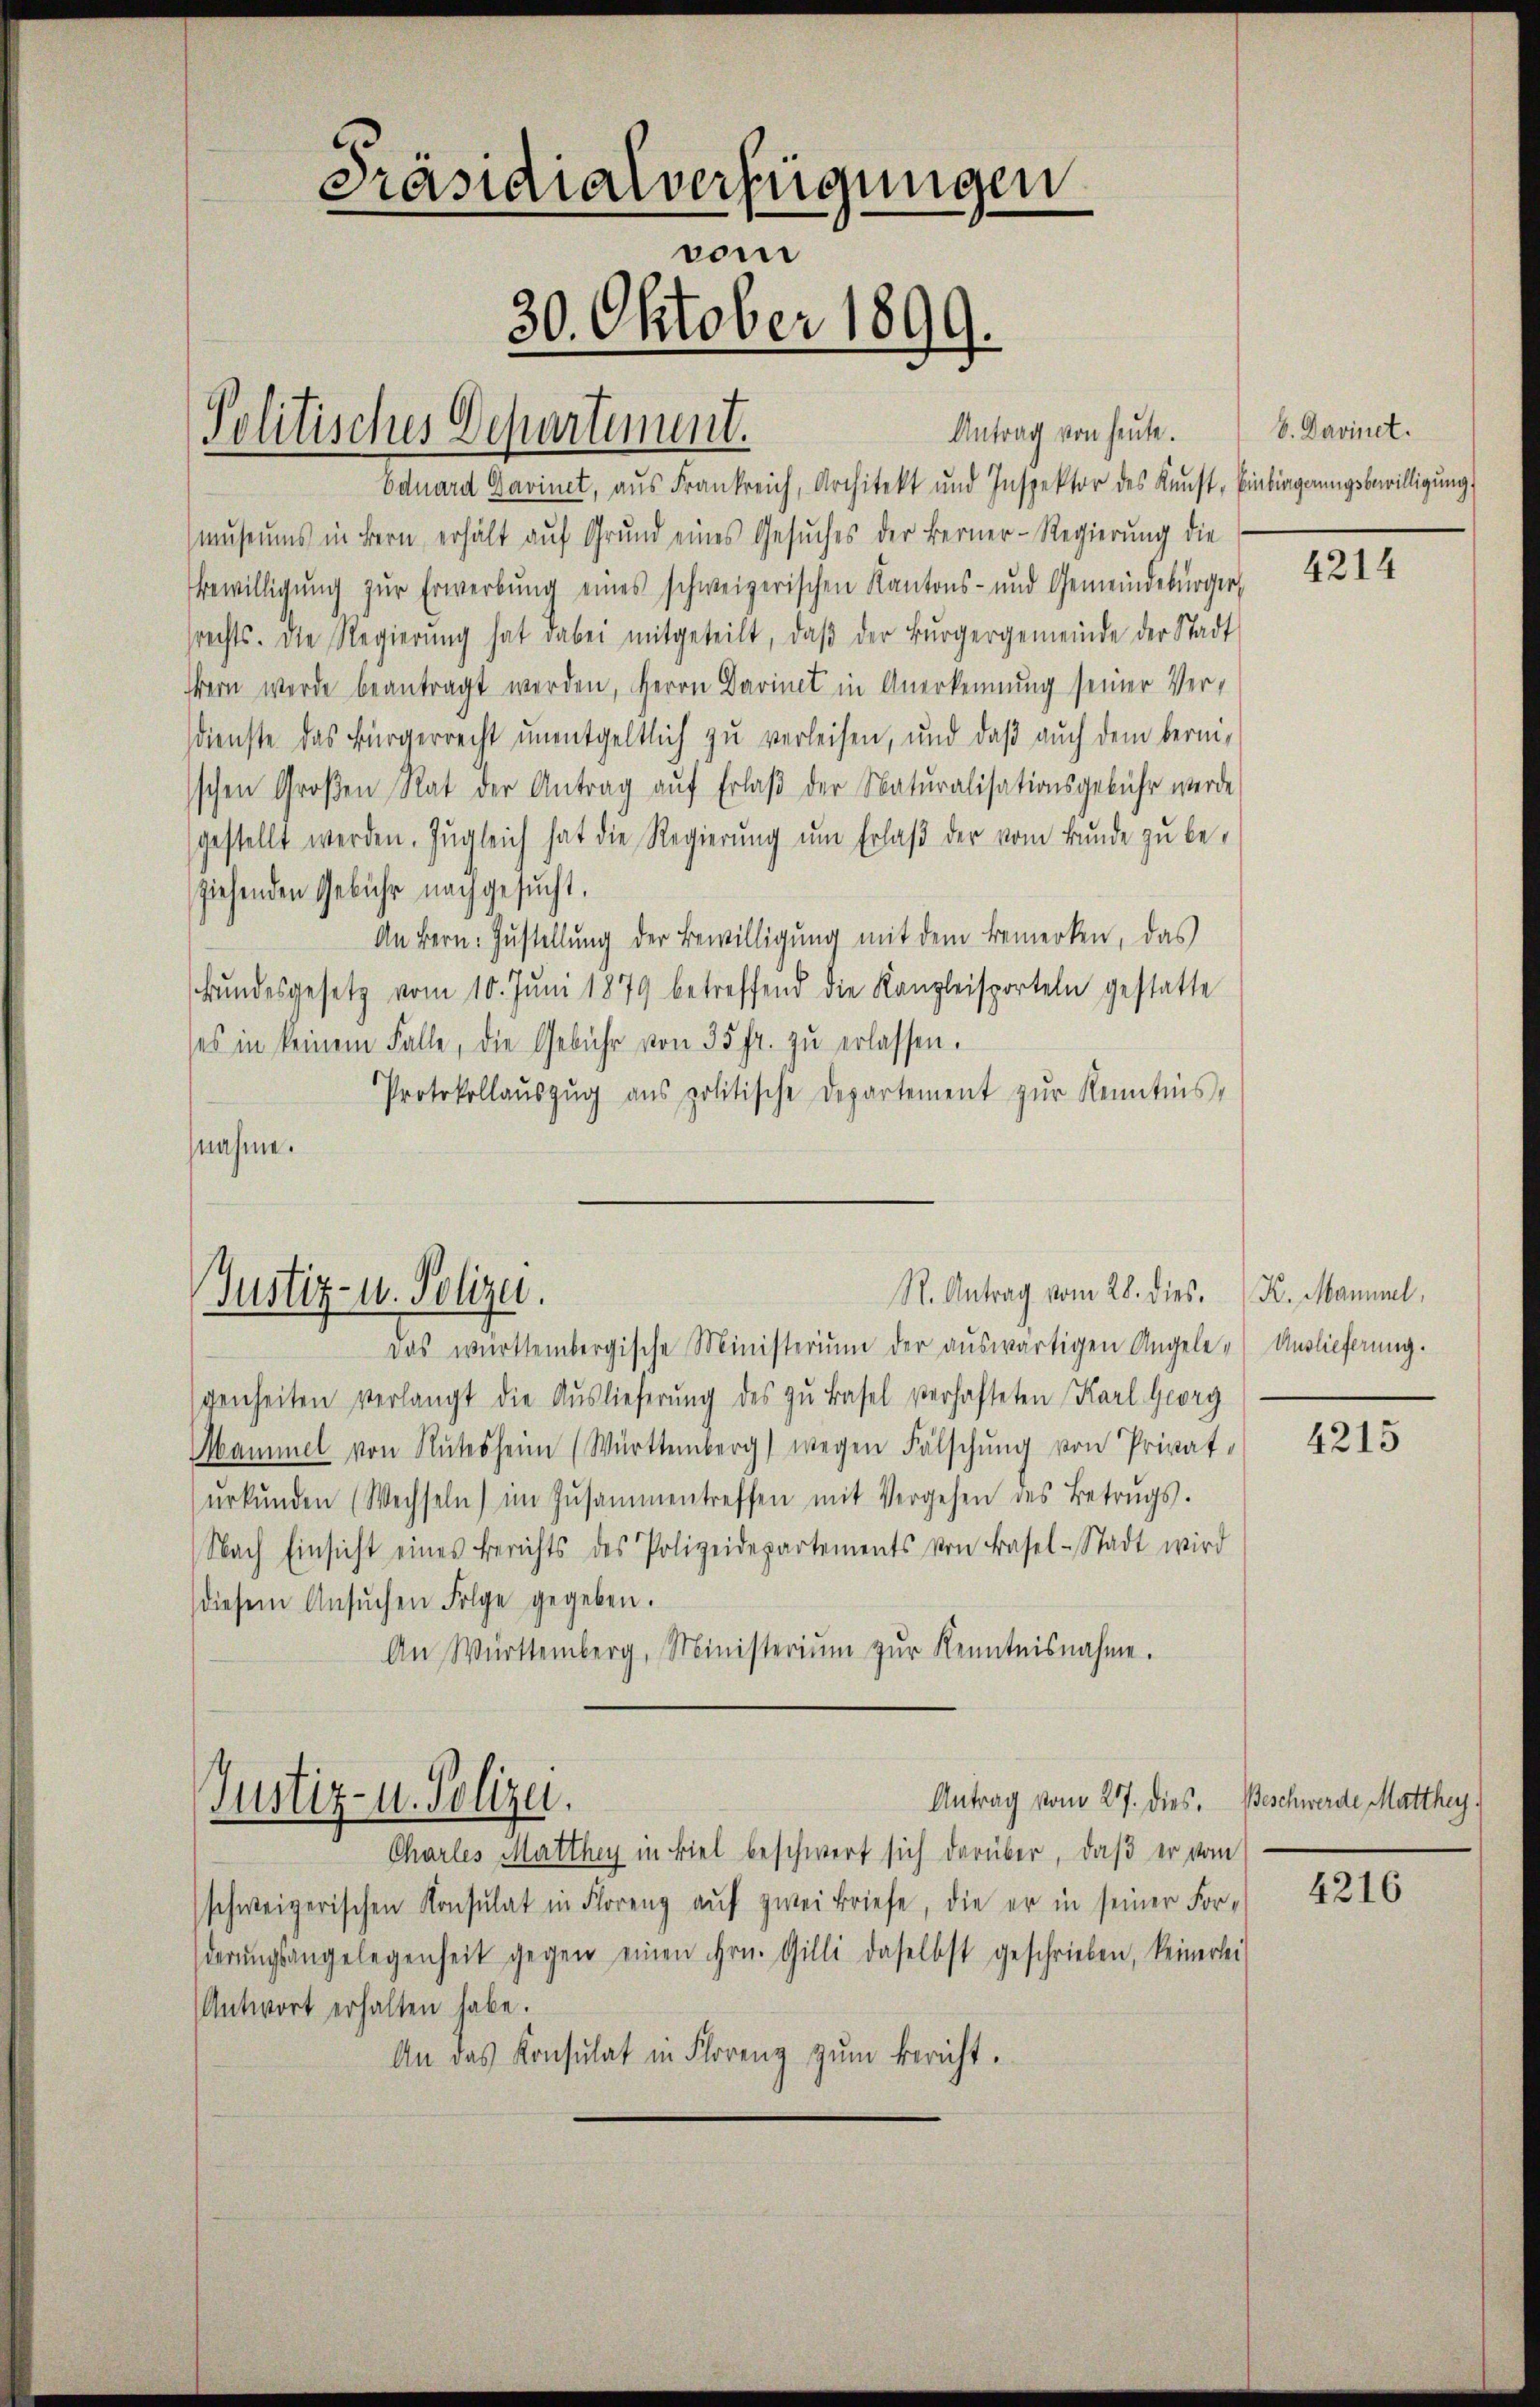
Politisches Departement.

Präsidialverfügungen
vom
30. Oktober 1899.

Eduard Darinet, aus Frankreich, Architekt und Inspektor des Kunst. Einbiegungsbewilligŭng
museums in Bern, erhält aŭf Grŭnd eines Gesŭches der Berner-Regierŭng die
Bewilligŭng zŭr Erwerbŭng eines schweizerischen Kantons- und Gemeindebürger,
srechts. die Regierŭng hat dabei mitgeteilt, daβ der Bürgergemeinde der Stadt
Hern werde beantragt werden, Herrn Darinet in Anerkennung seiner Ver-
dienste das Bürgerrecht unentgeltlich zu verleisen, und daß auch dem berinschen Großen Rat der Antrag aŭf Erlaβ der Naturalisationsgebühr werde
gestellt werden. Zŭgleich hat die Regierŭng ŭm Erlaβ der vom Bunde zu be-
ziehenden Gebühr nachgesucht.
An Bern. Zustellung der Bewilligung mit dem Bemerken, das
kŭndesgesetz vom 10. Jŭni 1879 betreffend die Kanzleisporteln gestatte
ses in keinem Falle, die Gebühr von 35 fr. zŭ erlassen.
Protokollaŭszŭg ans politische Departement zŭr Kenntnis,
nahme.

Justiz- u. Polizei.

Antrag von heute.

R. Antrag vom 28. dies. K. Maniel,

b. Davinet.

Das württembergische Ministerium der aŭswärtigen Angele-Auslieferung.
genheiten verlangt die Auslieferŭng des zu Basel verhafteten Karl Georg
Mammel von Rŭtes heim (Württemberg) wegen Fälschŭng von Privat
erkŭnden (Wechseln) im Zusammentreffen mit Vergehen des Betrŭgs.
Nach Einsicht eines Berichts des Polizeidepartements von Basel-Stadt wird
diesem Ansŭchen Folge gegeben.
An Württemberg, Ministeriŭm zŭr Kenntnisnahme.
Antrag vom 27. dies. Beschwerde Matthey¬
Justiz- u. Polizei.
Charles Matthey in viel beschwert sich darüber, daβ er vom
schweizerischen Konsulat in Floreng auf zwei Briefe, die er in seiner Forderŭngsangelegenheit gegen einen Hrn. Gilli daselbst geschrieben, keinerlei
Antwort erhalten habe.
An das Konsulat in Florenz zum Bericht.

4214

4215

4216